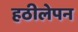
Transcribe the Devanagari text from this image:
हठीलेपन